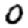
Digit: 0